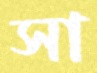
সা